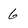
Character: 6